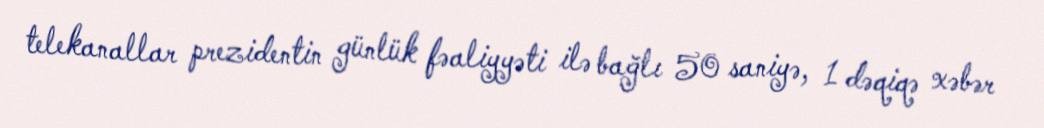
telekanallar prezidentin günlük fəaliyyəti ilə bağlı 50 saniyə, 1 dəqiqə xəbər